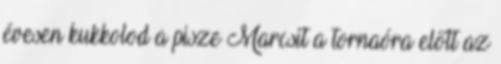
évesen kukkolod a pisze Marcsit a tornaóra előtt az